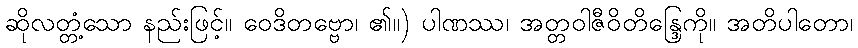
ဆိုလတ္တံ့သော နည်းဖြင့်။ ဝေဒိတဗ္ဗော၊ ၏။) ပါဏဿ၊ အတ္တဝါဇီဝိတိန္ဒြေကို။ အတိပါတော၊